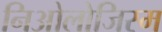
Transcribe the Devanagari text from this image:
निओलोजिस्म